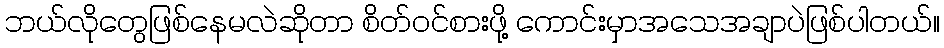
ဘယ်လိုတွေဖြစ်နေမလဲဆိုတာ စိတ်ဝင်စားဖို့ ကောင်းမှာအသေအချာပဲဖြစ်ပါတယ်။